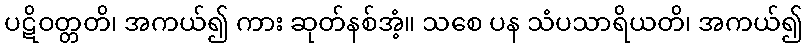
ပဋိဝတ္တတိ၊ အကယ်၍ ကား ဆုတ်နစ်အံ့။ သစေ ပန သံပသာရိယတိ၊ အကယ်၍